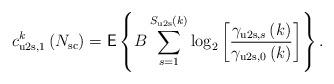
LaTeX: \begin{align*}c^k_{\mathrm{u2s},1} \left( N_{\mathrm{sc}} \right) = \mathsf{E} \left\lbrace B \sum^{S_{\mathrm{u2s}}\left( k \right)}_{s=1} \log_2\left[ \frac{\gamma_{\mathrm{u2s},s}\left( k \right)}{\gamma_{\mathrm{u2s},0}\left( k \right)} \right] \right\rbrace.\end{align*}